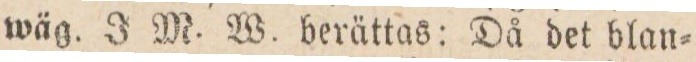
wäg. J M. W. berättas: Då det blan=